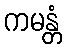
ကမန္တံ